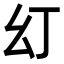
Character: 𭙊